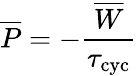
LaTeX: \overline{{P}}=-\frac{\overline{{W}}}{\tau_{\mathrm{cyc}}}